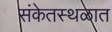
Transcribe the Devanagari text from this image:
संकेतस्थळात